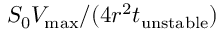
S _ { 0 } V _ { \operatorname* { m a x } } / ( 4 r ^ { 2 } t _ { \mathrm { u n s t a b l e } } )